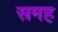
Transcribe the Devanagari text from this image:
स्रमह